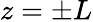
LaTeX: z=\pm L